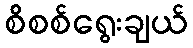
စိစစ်ရွေးချယ်